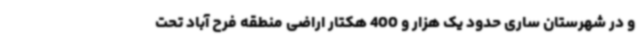
و در شهرستان ساری حدود یک هزار و 400 هکتار اراضی منطقه فرح آباد تحت